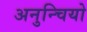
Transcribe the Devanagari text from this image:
अनुन्चियो